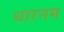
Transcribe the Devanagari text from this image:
धारनम